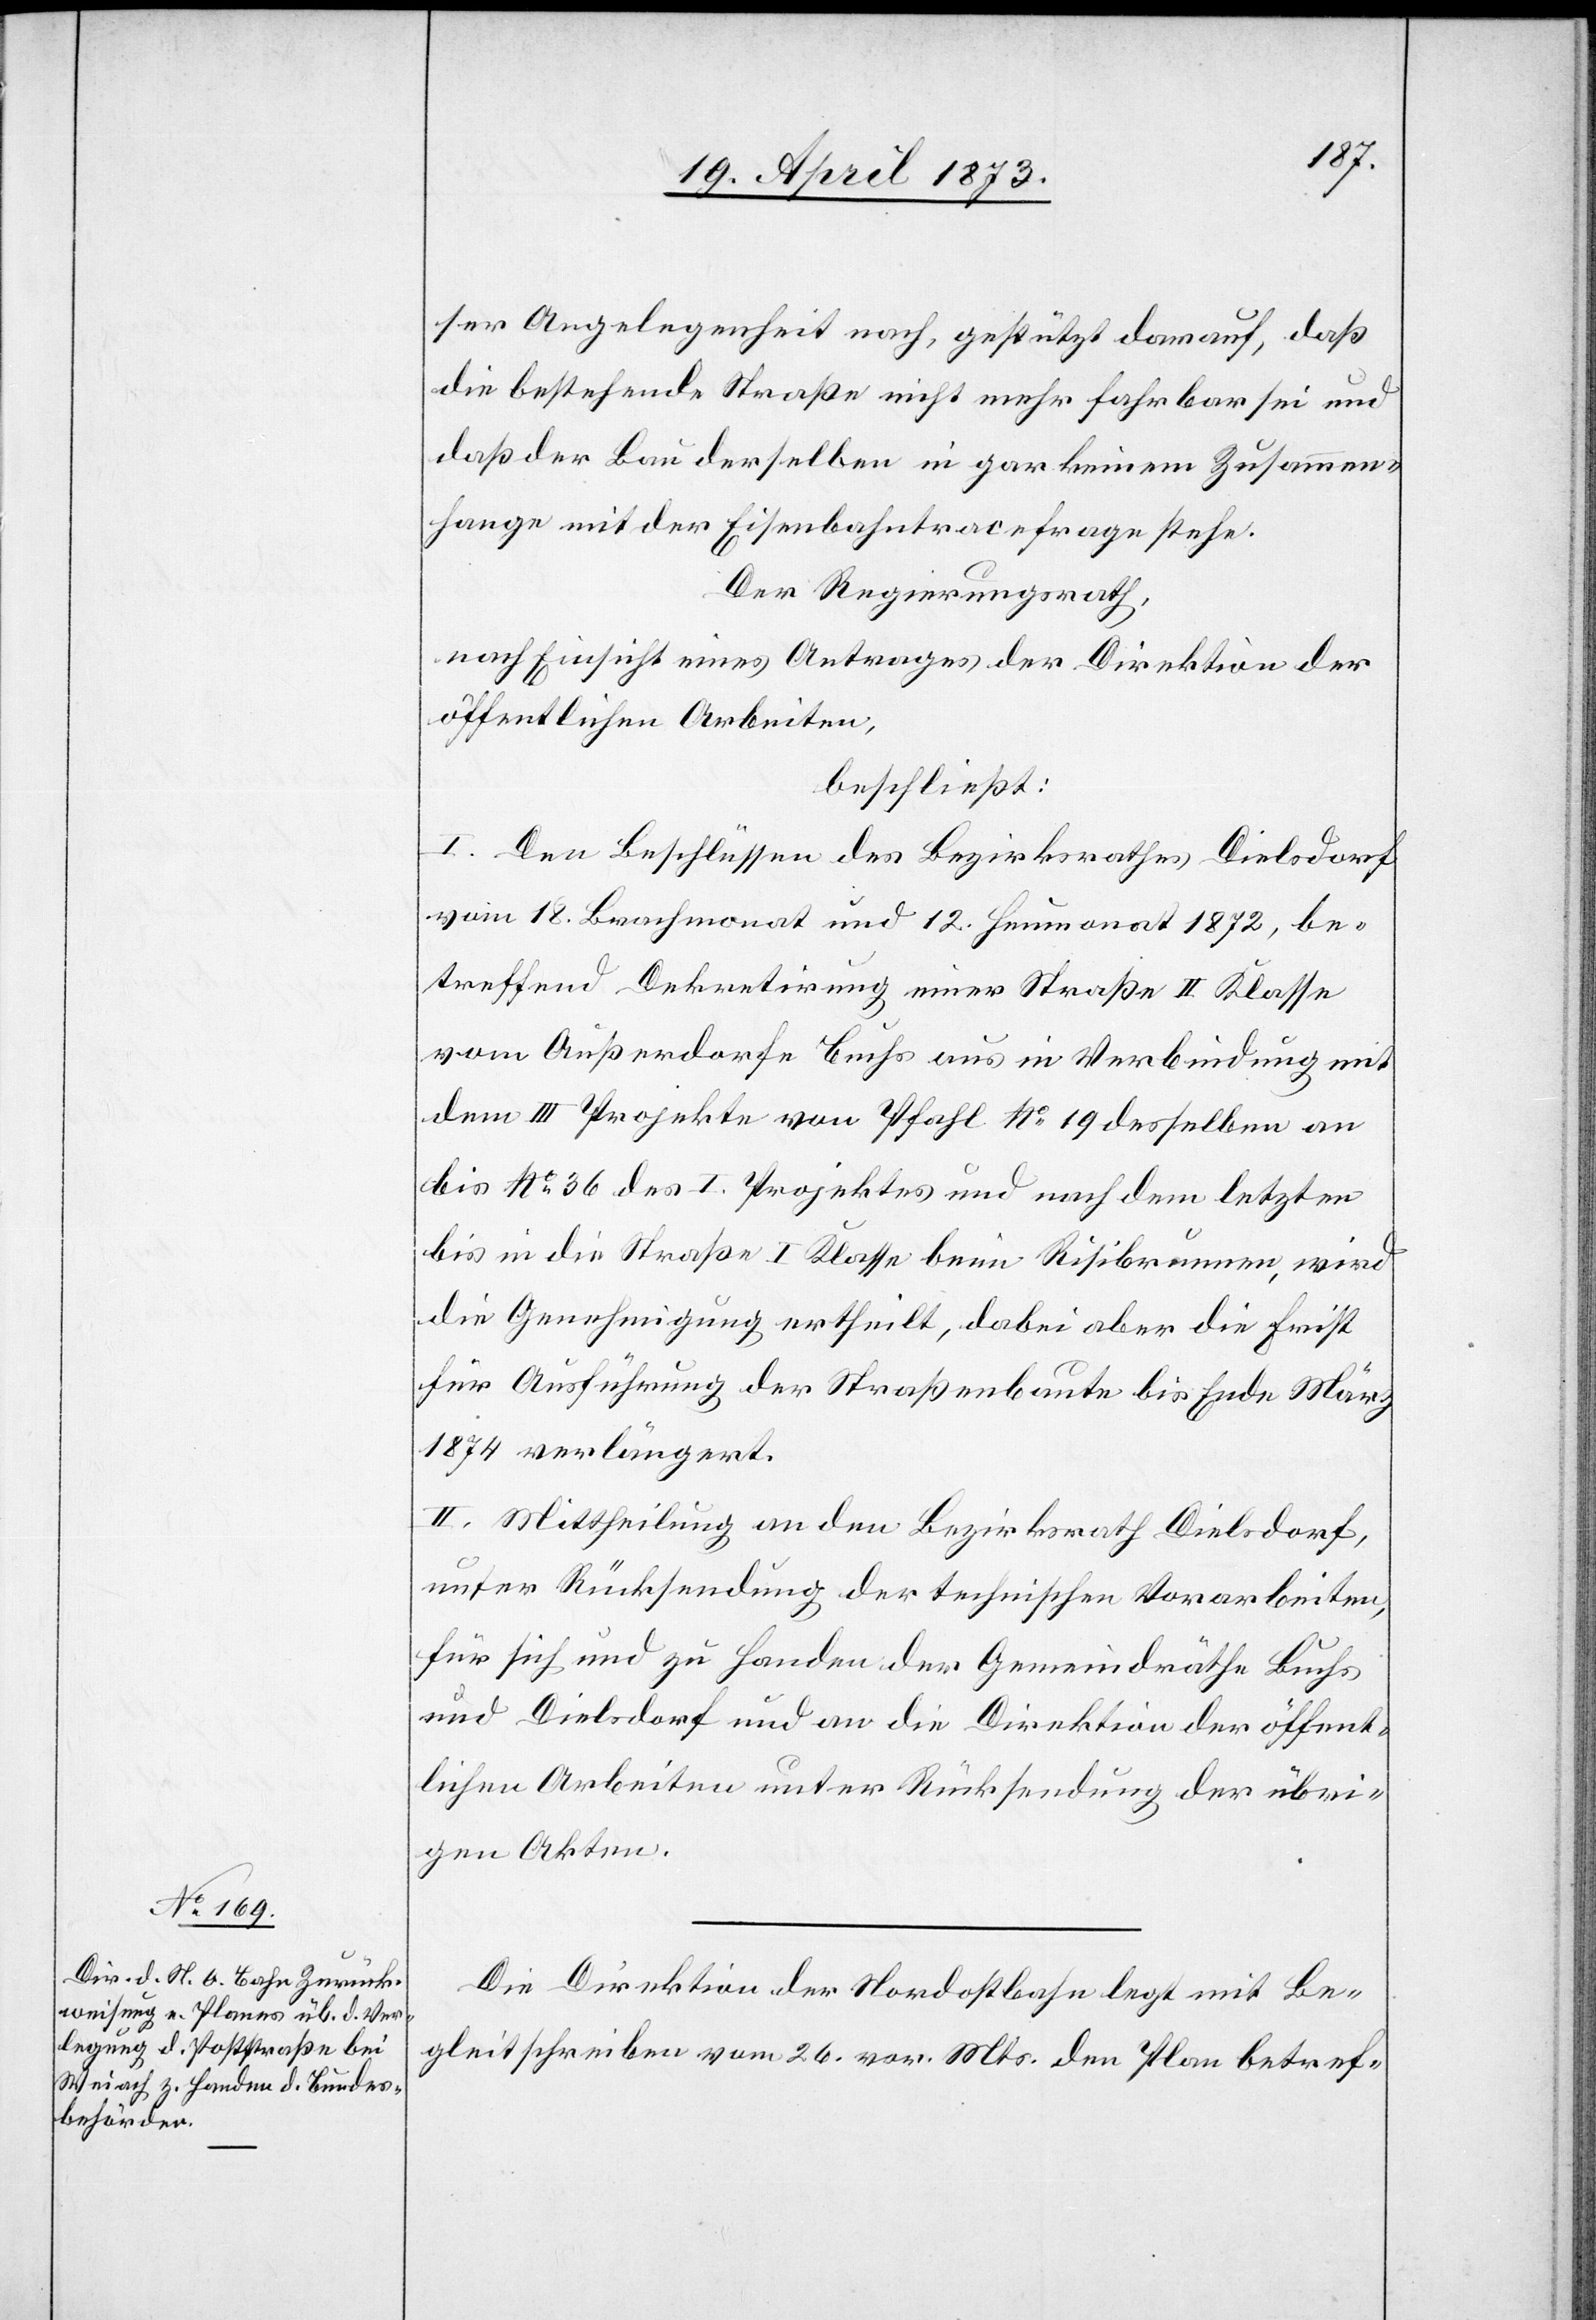
ser Angelegenheit nach, gestützt darauf, daß
die bestehende Straße nicht mehr fahrbar sei und
daß der Bau derselben in gar keinem Zusammen¬
hange mit der Eisenbahntracefrage stehe.
Der Regierungsrath,
nach Einsicht eines Antrages der Direktion der
öffentlichen Arbeiten,
beschließt:
I. Den Beschlüssen des Bezirksrathes Dielsdorf
vom 18. Brachmonat und 12. Heumonat 1872, be¬
treffend Dekretirung einer Straße II Klasse
vom Außerdorfe Buchs aus in Verbindung mit
dem III Projekte von Pfahl No 19 desselben an
bis No 36 des I. Projektes und nach dem letzten
bis in die Straße I Klasse beim Risibrunnen, wird
die Genehmigung ertheilt, dabei aber die Frist
für Ausführung der Straßenbaute bis Ende März
1874 verlängert.
II. Mittheilung an den Bezirksrath Dielsdorf,
unter Rücksendung der technischen Vorarbeiten,
für sich und zu Handen der Gemeindräthe Buchs
und Dielsdorf und an die Direktion der öffent¬
lichen Arbeiten unter Rücksendung der übri¬
gen Akten.
Die Direktion der Nordostbahn legt mit Be¬
gleitschreiben vom 26. vor. Mts. den Plan betref-